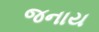
જનાય